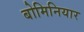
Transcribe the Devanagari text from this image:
बोमिनियार